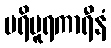
ပရိပူရကာရီနံ